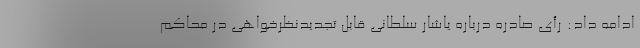
ادامه داد: رأی صادره درباره یاشار سلطانی قابل تجدیدنظرخواهی در محاکم